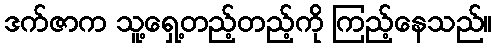
ဒက်ဇာက သူ့ရှေ့တည့်တည့်ကို ကြည့်နေသည်။